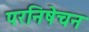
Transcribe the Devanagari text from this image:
परनिषेचन